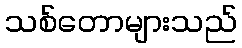
သစ်တောများသည်